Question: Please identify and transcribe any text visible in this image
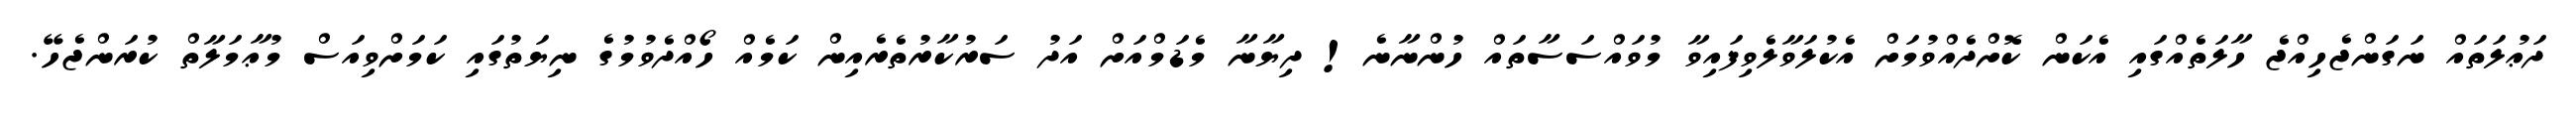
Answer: ދަޢުލަތައް ނަގަންޖެހިއްޖެ ހާލަތެއްގައި އެކަން ކޮށްދެއްވުމަށް އެކުލަވާލެވިފައިވާ މުވައްސަސާތައް ހުންނާނެ! ދިޔާނާ މެޑަމްއަށް އަދު ސަރުކާރުތެރެއިން ކަމެއް ހޯއްދެވުމުގެ ނިޔަތުގައި ކަމަށްވިއަސް މުޢާމަލާތް ކުރަންޖެހޭ.